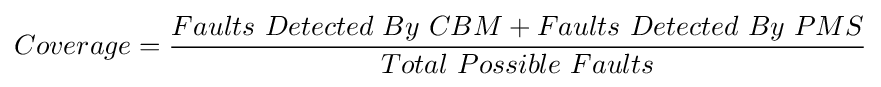
Coverage={\frac {Faults\ Detected\ By\ CBM+Faults\ Detected\ By\ PMS}{Total\ Possible\ Faults}}